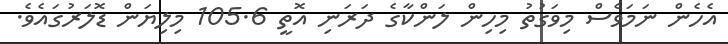
އެހެން ނަމަވެސް މިވަގުތު މިހިން ލަންކާގެ ދަރަނި އޮތީ 105.6 މިލިޔަން ޑޮލަރުގައެވެ.